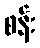
စန်း